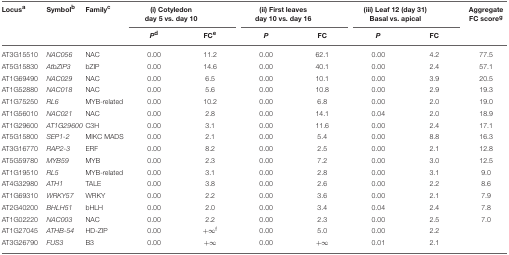
<table><thead><tr><td><b>Locus<sup>a</sup></b></td><td><b>Symbol<sup>b</sup></b></td><td><b>Family<sup>c</sup></b></td><td colspan="2"><b>(i) Cotyledon day 5 vs. day 10</b></td><td colspan="2"><b>(ii) First leaves day 10 vs. day 16</b></td><td colspan="2"><b>(iii) Leaf 12 (day 31) Basal vs. apical</b></td><td><b>Aggregate FC score<sup>g</sup></b></td></tr><tr><td></td><td></td><td></td><td><b><i>P</i><sup>d</sup></b></td><td><b>FC<sup>e</sup></b></td><td><b><i>P</i></b></td><td><b>FC</b></td><td><b><i>P</i></b></td><td><b>FC</b></td><td></td></tr></thead><tbody><tr><td>AT3G15510</td><td><i>NAC056</i></td><td>NAC</td><td>0.00</td><td>11.2</td><td>0.00</td><td>62.1</td><td>0.00</td><td>4.2</td><td>77.5</td></tr><tr><td>AT5G15830</td><td><i>AtbZIP3</i></td><td>bZIP</td><td>0.00</td><td>14.6</td><td>0.00</td><td>40.1</td><td>0.00</td><td>2.4</td><td>57.1</td></tr><tr><td>AT1G69490</td><td><i>NAC029</i></td><td>NAC</td><td>0.00</td><td>6.5</td><td>0.00</td><td>10.1</td><td>0.00</td><td>3.9</td><td>20.5</td></tr><tr><td>AT1G52880</td><td><i>NAC018</i></td><td>NAC</td><td>0.00</td><td>5.6</td><td>0.00</td><td>10.8</td><td>0.00</td><td>2.9</td><td>19.3</td></tr><tr><td>AT1G75250</td><td><i>RL6</i></td><td>MYB-related</td><td>0.00</td><td>10.2</td><td>0.00</td><td>6.8</td><td>0.00</td><td>2.0</td><td>19.0</td></tr><tr><td>AT1G56010</td><td><i>NAC021</i></td><td>NAC</td><td>0.00</td><td>2.8</td><td>0.00</td><td>14.1</td><td>0.04</td><td>2.0</td><td>18.9</td></tr><tr><td>AT1G29600</td><td><i>AT1G29600</i></td><td>C3H</td><td>0.00</td><td>3.1</td><td>0.00</td><td>11.6</td><td>0.00</td><td>2.4</td><td>17.1</td></tr><tr><td>AT5G15800</td><td><i>SEP1-2</i></td><td>MIKC MADS</td><td>0.00</td><td>2.1</td><td>0.00</td><td>5.4</td><td>0.00</td><td>8.8</td><td>16.3</td></tr><tr><td>AT3G16770</td><td><i>RAP2-3</i></td><td>ERF</td><td>0.00</td><td>8.2</td><td>0.00</td><td>2.5</td><td>0.00</td><td>2.1</td><td>12.8</td></tr><tr><td>AT5G59780</td><td><i>MYB59</i></td><td>MYB</td><td>0.00</td><td>2.3</td><td>0.00</td><td>7.2</td><td>0.00</td><td>3.0</td><td>12.5</td></tr><tr><td>AT1G19510</td><td><i>RL5</i></td><td>MYB-related</td><td>0.00</td><td>3.1</td><td>0.00</td><td>2.8</td><td>0.00</td><td>3.1</td><td>9.0</td></tr><tr><td>AT4G32980</td><td><i>ATH1</i></td><td>TALE</td><td>0.00</td><td>3.8</td><td>0.00</td><td>2.6</td><td>0.00</td><td>2.2</td><td>8.6</td></tr><tr><td>AT1G69310</td><td><i>WRKY57</i></td><td>WRKY</td><td>0.00</td><td>2.2</td><td>0.00</td><td>3.6</td><td>0.00</td><td>2.1</td><td>7.9</td></tr><tr><td>AT2G40200</td><td><i>BHLH51</i></td><td>bHLH</td><td>0.00</td><td>2.0</td><td>0.00</td><td>3.4</td><td>0.04</td><td>2.4</td><td>7.8</td></tr><tr><td>AT1G02220</td><td><i>NAC003</i></td><td>NAC</td><td>0.00</td><td>2.2</td><td>0.00</td><td>2.3</td><td>0.00</td><td>2.5</td><td>7.0</td></tr><tr><td>AT1G27045</td><td><i>ATHB-54</i></td><td>HD-ZIP</td><td>0.00</td><td>+∞<sup>f</sup></td><td>0.00</td><td>5.0</td><td>0.00</td><td>2.2</td><td></td></tr><tr><td>AT3G26790</td><td><i>FUS3</i></td><td>B3</td><td>0.00</td><td>+∞</td><td>0.00</td><td>+∞</td><td>0.01</td><td>2.1</td><td></td></tr></tbody></table>